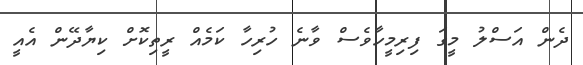
ދެން އަސްލު މީގަ ފިރިމީހާވެސް ވާނެ ހުރިހާ ކަމެއް ރީތިކޮށް ކިޔާދޭން އެއީ